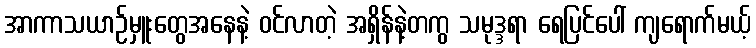
အာကာသယာဉ်မှူးတွေအနေနဲ့ ဝင်လာတဲ့ အရှိန်နဲ့တကွ သမုဒ္ဒရာ ရေပြင်ပေါ် ကျရောက်မယ့်